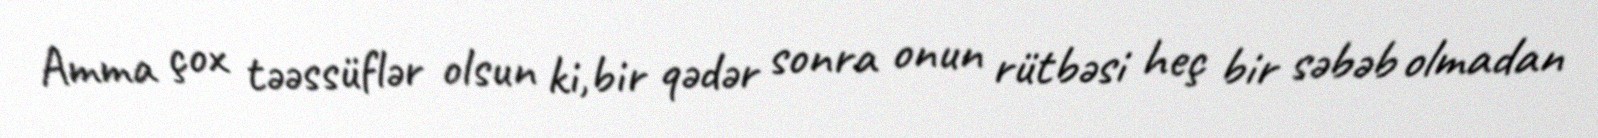
Amma çox təəssüflər olsun ki,bir qədər sonra onun rütbəsi heç bir səbəb olmadan